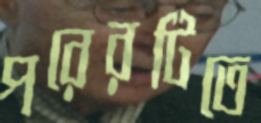
পরেরটিতে